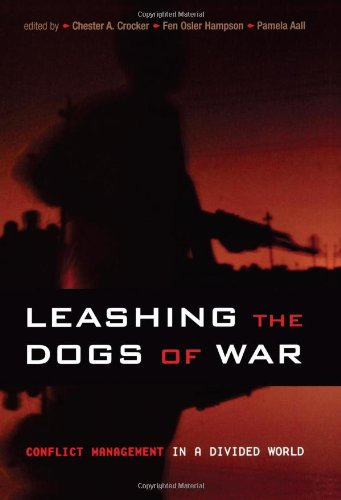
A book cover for Leashing the Dogs of War: Conflict Management in a Divided World; Law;